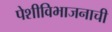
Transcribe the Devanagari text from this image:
पेशीविभाजनाची